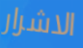
الاشرار